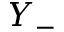
Y _ { - }